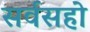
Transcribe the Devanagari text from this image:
सर्वसहो